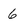
Character: 6